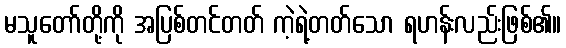
မသူတော်တို့ကို အပြစ်တင်တတ် ကဲ့ရဲ့တတ်သော ရဟန်းလည်းဖြစ်၏။